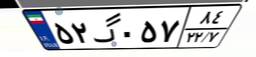
۵۲گ۰۵۷۸۴